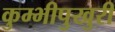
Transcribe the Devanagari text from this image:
कुम्भीपुखुरी